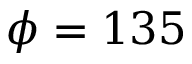
\phi = 1 3 5